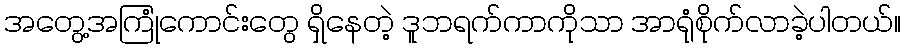
အတွေ့အကြုံကောင်းတွေ ရှိနေတဲ့ ဒူဘရက်ကာကိုသာ အာရုံစိုက်လာခဲ့ပါတယ်။